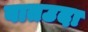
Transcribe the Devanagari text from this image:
वातउदा